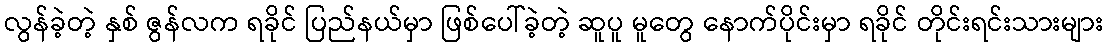
လွန်ခဲ့တဲ့ နှစ် ဇွန်လက ရခိုင် ပြည်နယ်မှာ ဖြစ်ပေါ်ခဲ့တဲ့ ဆူပူ မူတွေ နောက်ပိုင်းမှာ ရခိုင် တိုင်းရင်းသားများ